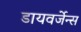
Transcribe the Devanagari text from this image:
डायवर्जेन्स